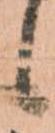
候